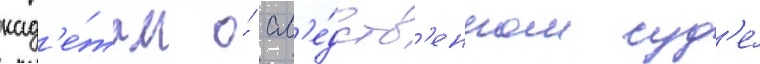
кад'е́там о́ сл'е́дств'енном суд'е́